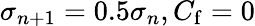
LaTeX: \sigma_{n+1}=0.5\sigma_{n},C_{\mathrm{f}}=0